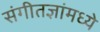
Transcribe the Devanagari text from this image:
संगीतज्ञांमध्ये